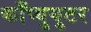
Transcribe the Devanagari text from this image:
काँप्युयुटर